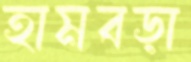
হামবড়া